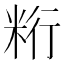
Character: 𰪺